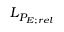
L _ { P _ { E ; r e l } }